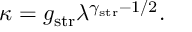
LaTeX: \kappa = g _ { \mathrm { s t r } } \lambda ^ { \gamma _ { \mathrm { s t r } } - 1 / 2 } .